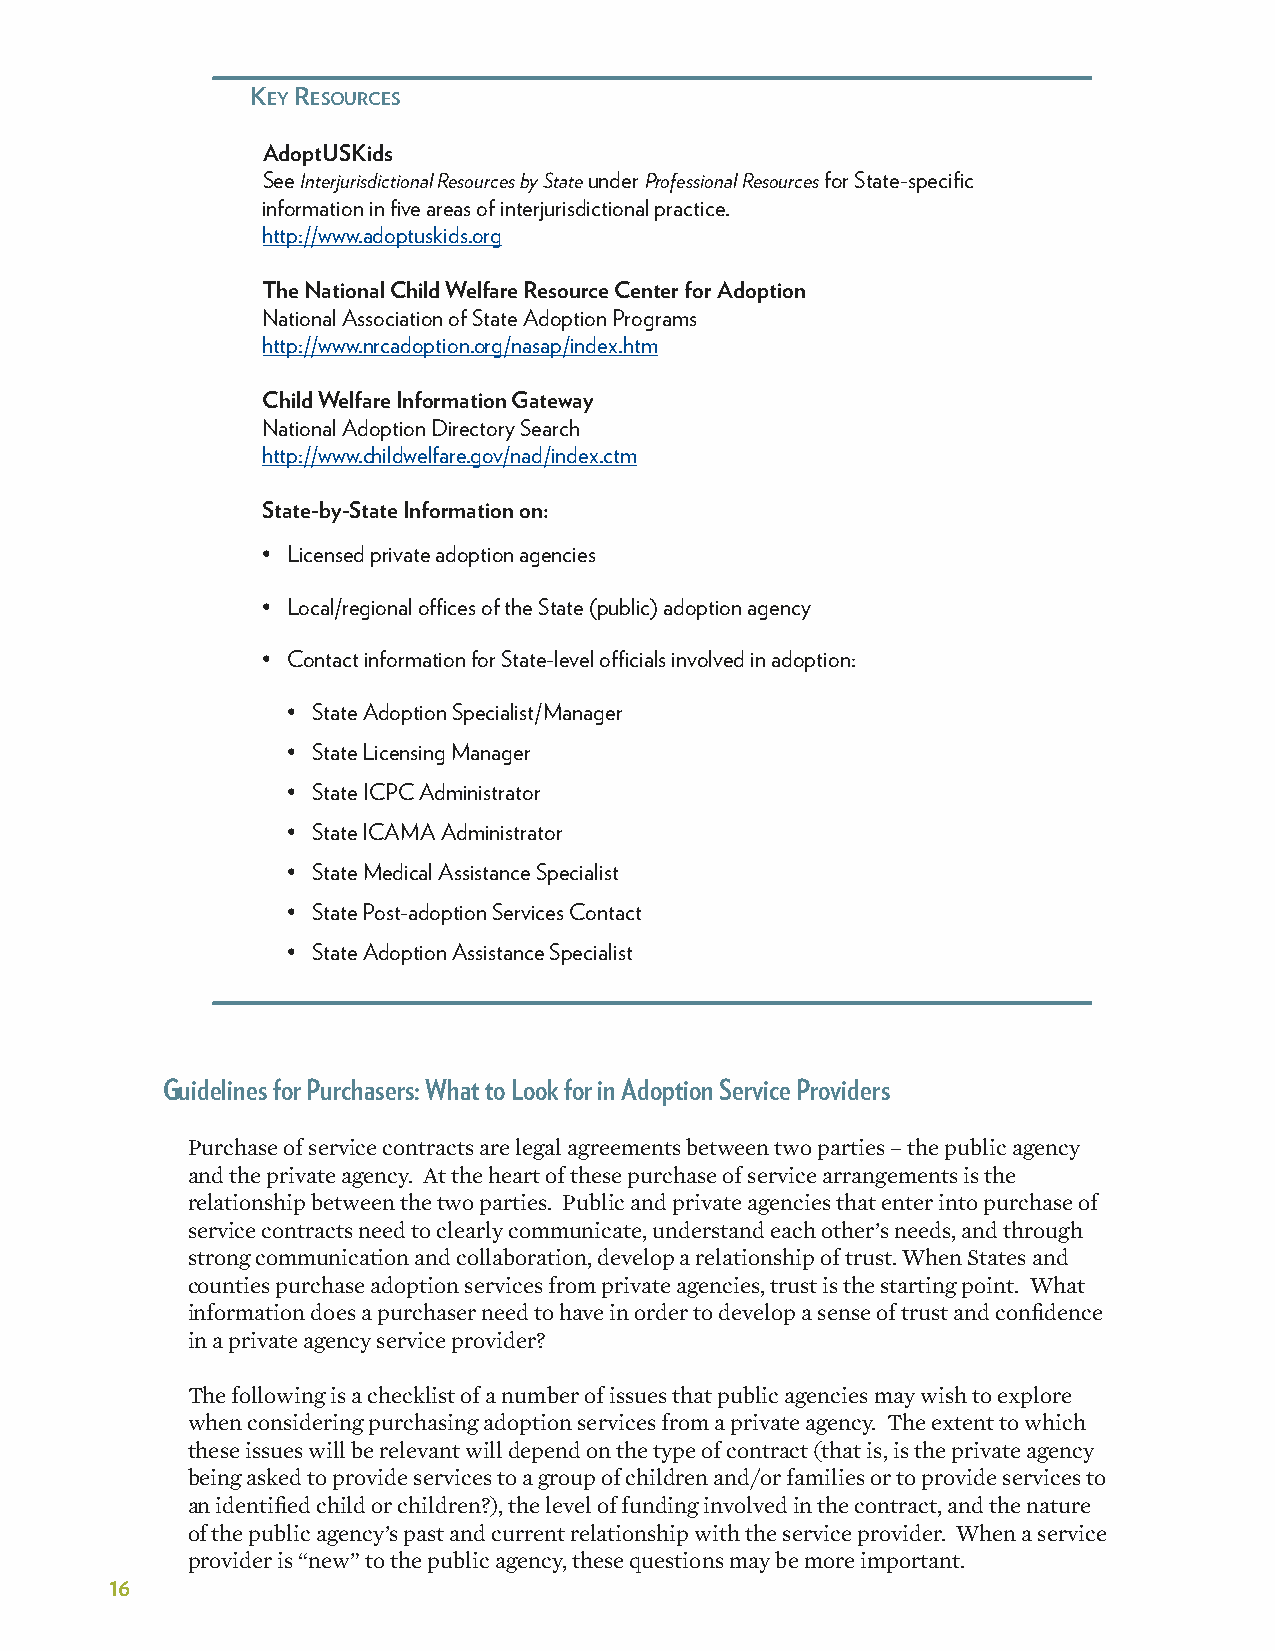
KeY reSourceS
 AdoptUSKids
 See Interjurisdictional Resources by State under Professional Resources for State-specific
 information in five areas of interjurisdictional practice�
 http://www�adoptuskids�org
 The National Child Welfare Resource Center for Adoption
 National Association of State Adoption Programs
 http://www�nrcadoption�org/nasap/index�htm
 Child Welfare Information Gateway
 National Adoption Directory Search
 http://www�childwelfare�gov/nad/index�ctm
 State-by-State Information on:
 • Licensed private adoption agencies
 • Local/regional offices of the State (public) adoption agency
 • Contact information for State-level officials involved in adoption:
 • State Adoption Specialist/Manager
 • State Licensing Manager
 • State ICPC Administrator
 • State ICAMA Administrator
 • State Medical Assistance Specialist
 • State Post-adoption Services Contact
 • State Adoption Assistance Specialist
 Guidelines for Purchasers: What to Look for in Adoption Service Providers
 Purchase of service contracts are legal agreements between two parties – the public agency
 and the private agency. At the heart of these purchase of service arrangements is the
 relationship between the two parties. Public and private agencies that enter into purchase of
 service contracts need to clearly communicate, understand each other’s needs, and through
 strong communication and collaboration, develop a relationship of trust. When States and
 counties purchase adoption services from private agencies, trust is the starting point. What
 information does a purchaser need to have in order to develop a sense of trust and confidence
 in a private agency service provider?
 The following is a checklist of a number of issues that public agencies may wish to explore
 when considering purchasing adoption services from a private agency. The extent to which
 these issues will be relevant will depend on the type of contract (that is, is the private agency
 being asked to provide services to a group of children and/or families or to provide services to
 an identified child or children?), the level of funding involved in the contract, and the nature
 of the public agency’s past and current relationship with the service provider. When a service
 provider is “new” to the public agency, these questions may be more important.
 16